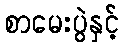
စာမေးပွဲနှင့်